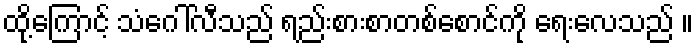
ထို့ကြောင့် သံဂေါ်လီသည် ရည်းစားစာတစ်စောင်ကို ရေးလေသည် ။